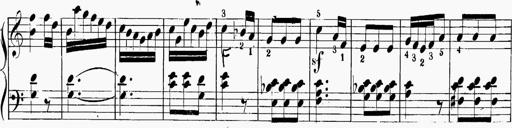
Title: 6 Sonatinas
Composer: Carl Reinecke